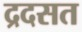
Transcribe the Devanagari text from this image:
द्रदसत